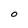
Character: o